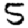
Digit: 5